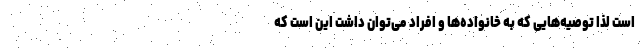
است لذا توصیه‌هایی که به خانواده‌ها و افراد می‌توان داشت این است که